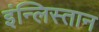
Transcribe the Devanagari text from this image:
इंन्लिस्तान